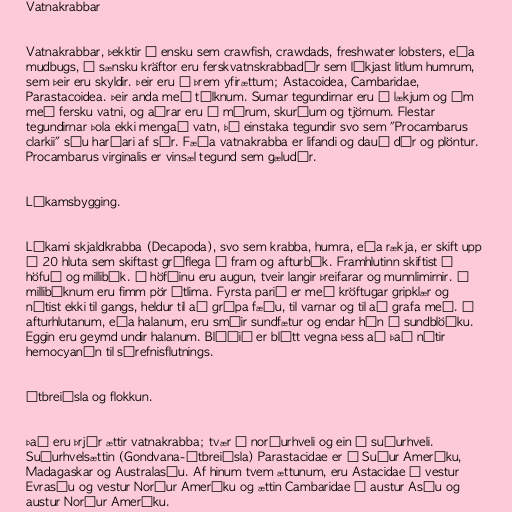
Vatnakrabbar

Vatnakrabbar, þekktir á ensku sem crawfish, crawdads, freshwater lobsters, eða
mudbugs, á sænsku kräftor eru ferskvatnskrabbadýr sem líkjast litlum humrum,
sem þeir eru skyldir. Þeir eru í þrem yfirættum; Astacoidea, Cambaridae,
Parastacoidea. Þeir anda með tálknum. Sumar tegundirnar eru í lækjum og ám
með fersku vatni, og aðrar eru í mýrum, skurðum og tjörnum. Flestar
tegundirnar þola ekki mengað vatn, þó einstaka tegundir svo sem "Procambarus
clarkii" séu harðari af sér. Fæða vatnakrabba er lifandi og dauð dýr og plöntur.
Procambarus virginalis er vinsæl tegund sem gæludýr.

Líkamsbygging.

Líkami skjaldkrabba (Decapoda), svo sem krabba, humra, eða rækja, er skift upp
í 20 hluta sem skiftast gróflega í fram og afturbúk. Framhlutinn skiftist í
höfuð og millibúk. Á höfðinu eru augun, tveir langir þreifarar og munnlimirnir. Á
millibúknum eru fimm pör útlima. Fyrsta parið er með kröftugar gripklær og
nýtist ekki til gangs, heldur til að grípa fæðu, til varnar og til að grafa með. Á
afturhlutanum, eða halanum, eru smáir sundfætur og endar hún í sundblöðku.
Eggin eru geymd undir halanum. Blóðið er blátt vegna þess að það nýtir
hemocyanín til súrefnisflutnings.

Útbreiðsla og flokkun.

Það eru þrjár ættir vatnakrabba; tvær á norðurhveli og ein á suðurhveli.
Suðurhvelsættin (Gondvana-útbreiðsla) Parastacidae er í Suður Ameríku,
Madagaskar og Australasíu. Af hinum tvem ættunum, eru Astacidae í vestur
Evrasíu og vestur Norður Ameríku og ættin Cambaridae í austur Asíu og
austur Norður Ameríku.